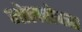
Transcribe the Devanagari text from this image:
मोलरोक्स